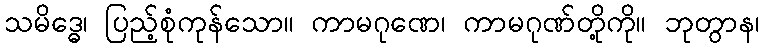
သမိဒ္ဓေ၊ ပြည့်စုံကုန်သော။ ကာမဂုဏေ၊ ကာမဂုဏ်တို့ကို။ ဘုတွာန၊